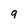
Character: q